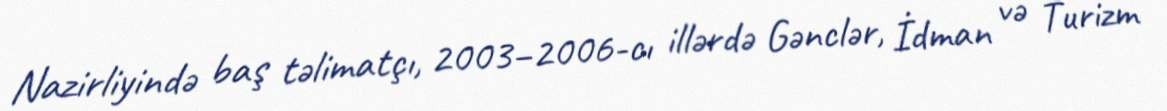
Nazirliyində baş təlimatçı, 2003–2006-cı illərdə Gənclər, İdman və Turizm